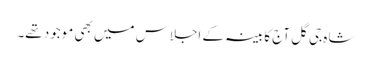
شاہ جی گل آج کابینہ کے اجلاس میں بھی موجود تھے۔